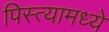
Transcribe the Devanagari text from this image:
पिस्त्यामध्ये